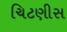
ચિટણીસ